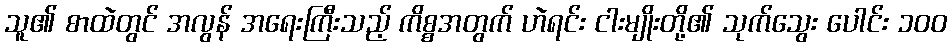
သူ၏ စာထဲတွင် အလွန် အရေးကြီးသည့် ကိစ္စအတွက် ဟဲရင်း ငါးမျိုးတို့၏ သုက်သွေး ပေါင်း ၁၀၀